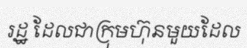
រដ្ឋ ដែលជាក្រុមហ៊ុនមួយដែល